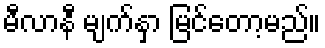
မီလာနီ မျက်နှာ မြင်တော့မည်။